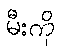
မီးကို